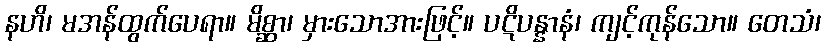
နဟိ၊ မအန်ထွက်ပေရာ။ မိစ္ဆာ၊ မှားသောအားဖြင့်။ ပဋိပန္နာနံ၊ ကျင့်ကုန်သော။ တေသံ၊